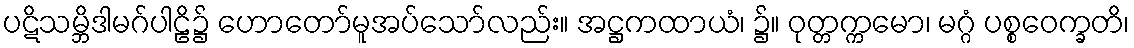
ပဋိသမ္ဘိဒါမဂ်ပါဠိ၌ ဟောတော်မူအပ်သော်လည်း။ အဋ္ဌကထာယံ၊ ၌။ ဝုတ္တက္ကမော၊ မဂ္ဂံ ပစ္စဝေက္ခတိ၊